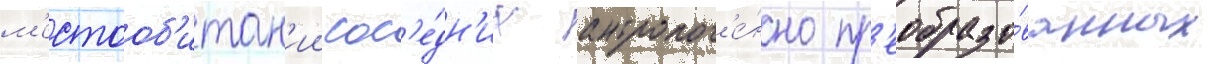
м'естооб'итан'ии сос'е́дн'их антропог'е́нно пр'еобразо́ванных